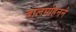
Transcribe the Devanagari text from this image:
बालमोहनने